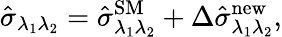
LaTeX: \hat{\sigma}_{\lambda_{1}\lambda_{2}}=\hat{\sigma}_{\lambda_{1}\lambda_{2}}^{\mathrm{SM}}+\Delta\hat{\sigma}_{\lambda_{1}\lambda_{2}}^{\mathrm{new}},